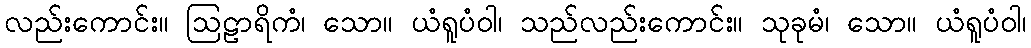
လည်းကောင်း။ ဩဠာရိကံ၊ သော။ ယံရူပံဝါ၊ သည်လည်းကောင်း။ သုခုမံ၊ သော။ ယံရူပံဝါ၊